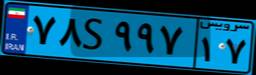
۸۰S۲۱۰۵۳